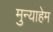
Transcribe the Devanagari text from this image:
मुन्याहेम